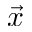
\vec { x }